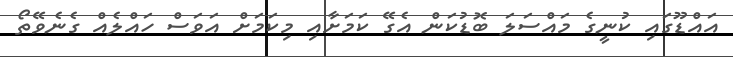
އައްޑޫގައި ކުނީގެ މައްސަލަ ބޮޑުކަން އެގޭ ކަމަށާއި މިކަމަށް އަވަސް ހައްލެއް ގެނެވޭތޯ